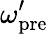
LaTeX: \omega_{\mathrm{pre}}^{\prime}